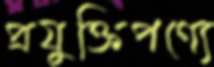
প্রযুক্তিপণ্যে